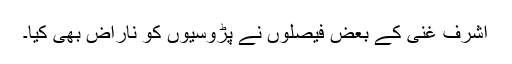
اشرف غنی کے بعض فیصلوں نے پڑوسیوں کو ناراض بھی کیا۔